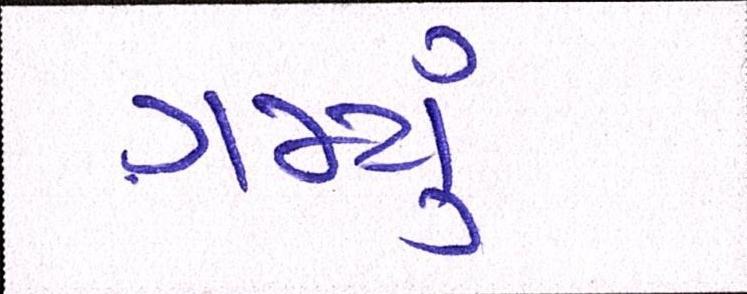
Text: ગમ્યું